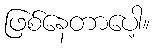
ဖြစ်နေတာပေါ့။